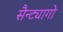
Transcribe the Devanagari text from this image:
सैन्ट्यागो